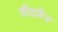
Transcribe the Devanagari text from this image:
वीदमैन